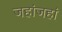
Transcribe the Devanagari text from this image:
जहांजहां